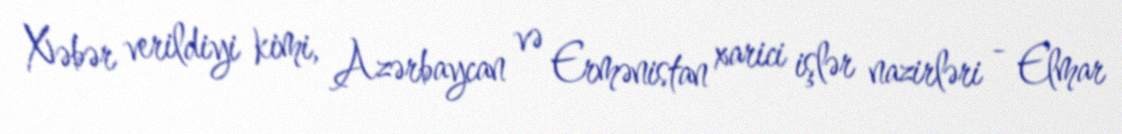
Xəbər verildiyi kimi, Azərbaycan və Ermənistan xarici işlər nazirləri - Elmar